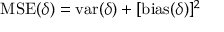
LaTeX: \operatorname { M S E } ( \delta ) = \operatorname { v a r } ( \delta ) + [ \operatorname { b i a s } ( \delta ) ] ^ { 2 }